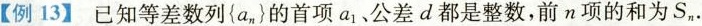
【例13】已知等差数列\left\{ a_{n} \right\}的首项a_{1}、公差d都是整数，前n项的和为S_{n}.